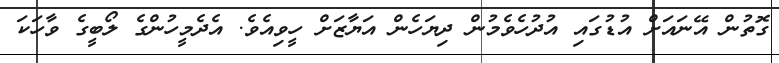
ގޮތުން އޭނައަށް އުޑުގައި އުދުހެވެމުން ދިޔަހެން އަޔާޒަށް ހީވިއެވެ. އެދެމީހުންގެ ލޯބީގެ ވާހަކަ